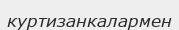
куртизанкалармен